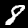
Label: 8